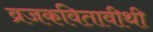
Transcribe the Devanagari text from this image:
व्रजकवितावीथी